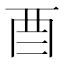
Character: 𮠕